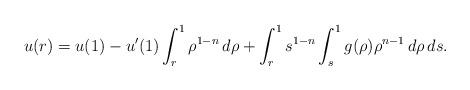
LaTeX: \begin{align*}u(r)=u(1)-u'(1)\int_r^1 \rho^{1-n}\,d\rho + \int_r^1 s^{1-n}\int_s^1 g(\rho)\rho^{n-1}\,d\rho\,ds.\end{align*}